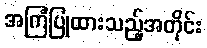
အကြံပြုထားသည့်အတိုင်း